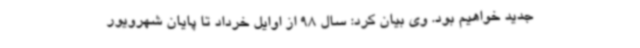
جدید خواهیم بود. وی بیان کرد: سال 98 از اوایل خرداد تا پایان شهرویور